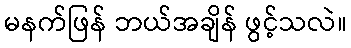
မနက်ဖြန် ဘယ်အချိန် ဖွင့်သလဲ။